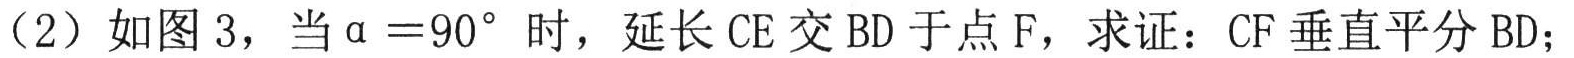
（2）如图 3，当$\alpha =90^{\circ }$时，延长 CE 交 BD 于点 F，求证：CF 垂直平分 BD；